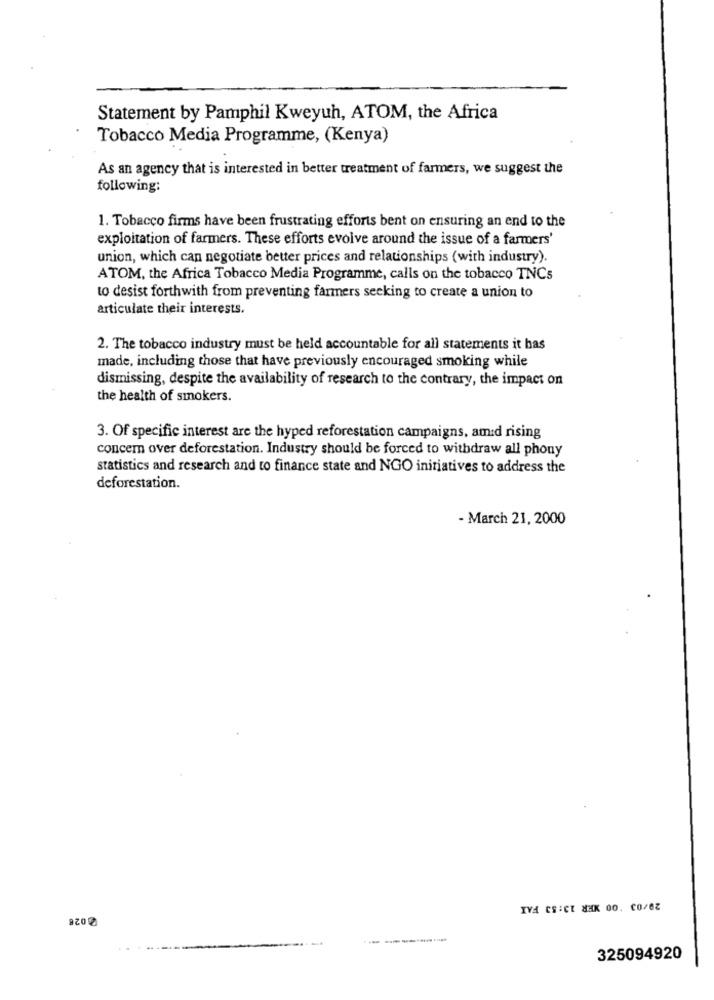
Statement by Pamphil Kweyuh, ATOM, the Africa
Tobacco Media Programme, (Kenya)
As an agency that is interested in better treatment of farmers, we suggest the
following:
1. Tobacco firms have been frustrating efforts bent on ensuring an end to the
exploitation of farmers. These efforts evolve around the issue of a farmers'
union, which can negotiate better prices and relationships (with industry).
ATOM, the Africa Tobacco Media Programme, calls on the tobacco TNCs
to desist forthwith from preventing farmers seeking to create a union to
articulate their interests.
2. The tobacco industry must be held accountable for all statements it has
made, including those that have previously encouraged smoking while
dismissing, despite the availability of research to the contrary, the impact on
the health of smokers.
3. Of specific interest are the hyped reforestation campaigns, amid rising
concern over deforestation. Industry should be forced to withdraw all phony
statistics and research and to finance state and NGO initiatives to address the
deforestation.
- March 21, 2000
IVA CS :CE HAK 00. CO/6Z
9200
325094920